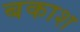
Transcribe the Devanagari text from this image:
बकाश